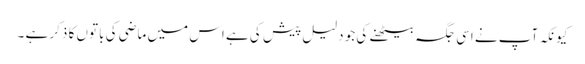
کیونکہ آپ نے اسی جگہ بیٹھنے کی جو دلیل پیش کی ہے اس میں ماضی کی باتوں کا ذکر ہے ۔